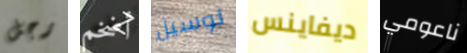
رجل أضخم لوسيل ديفاينس ناعومي